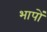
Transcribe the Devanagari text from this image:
भापों